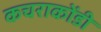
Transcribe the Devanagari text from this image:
कचराकोंडी